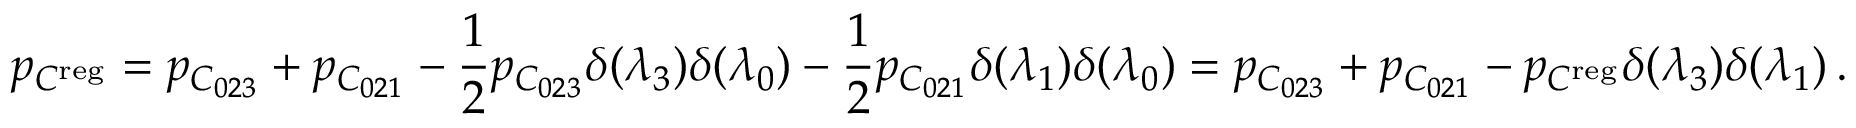
p _ { C ^ { \mathrm { r e g } } } = p _ { C _ { 0 2 3 } } + p _ { C _ { 0 2 1 } } - \frac { 1 } { 2 } p _ { C _ { 0 2 3 } } \delta ( { \lambda } _ { 3 } ) \delta ( { \lambda } _ { 0 } ) - \frac { 1 } { 2 } p _ { C _ { 0 2 1 } } \delta ( { \lambda } _ { 1 } ) \delta ( { \lambda } _ { 0 } ) = p _ { C _ { 0 2 3 } } + p _ { C _ { 0 2 1 } } - p _ { C ^ { \mathrm { r e g } } } \delta ( { \lambda } _ { 3 } ) \delta ( { \lambda } _ { 1 } ) \, .